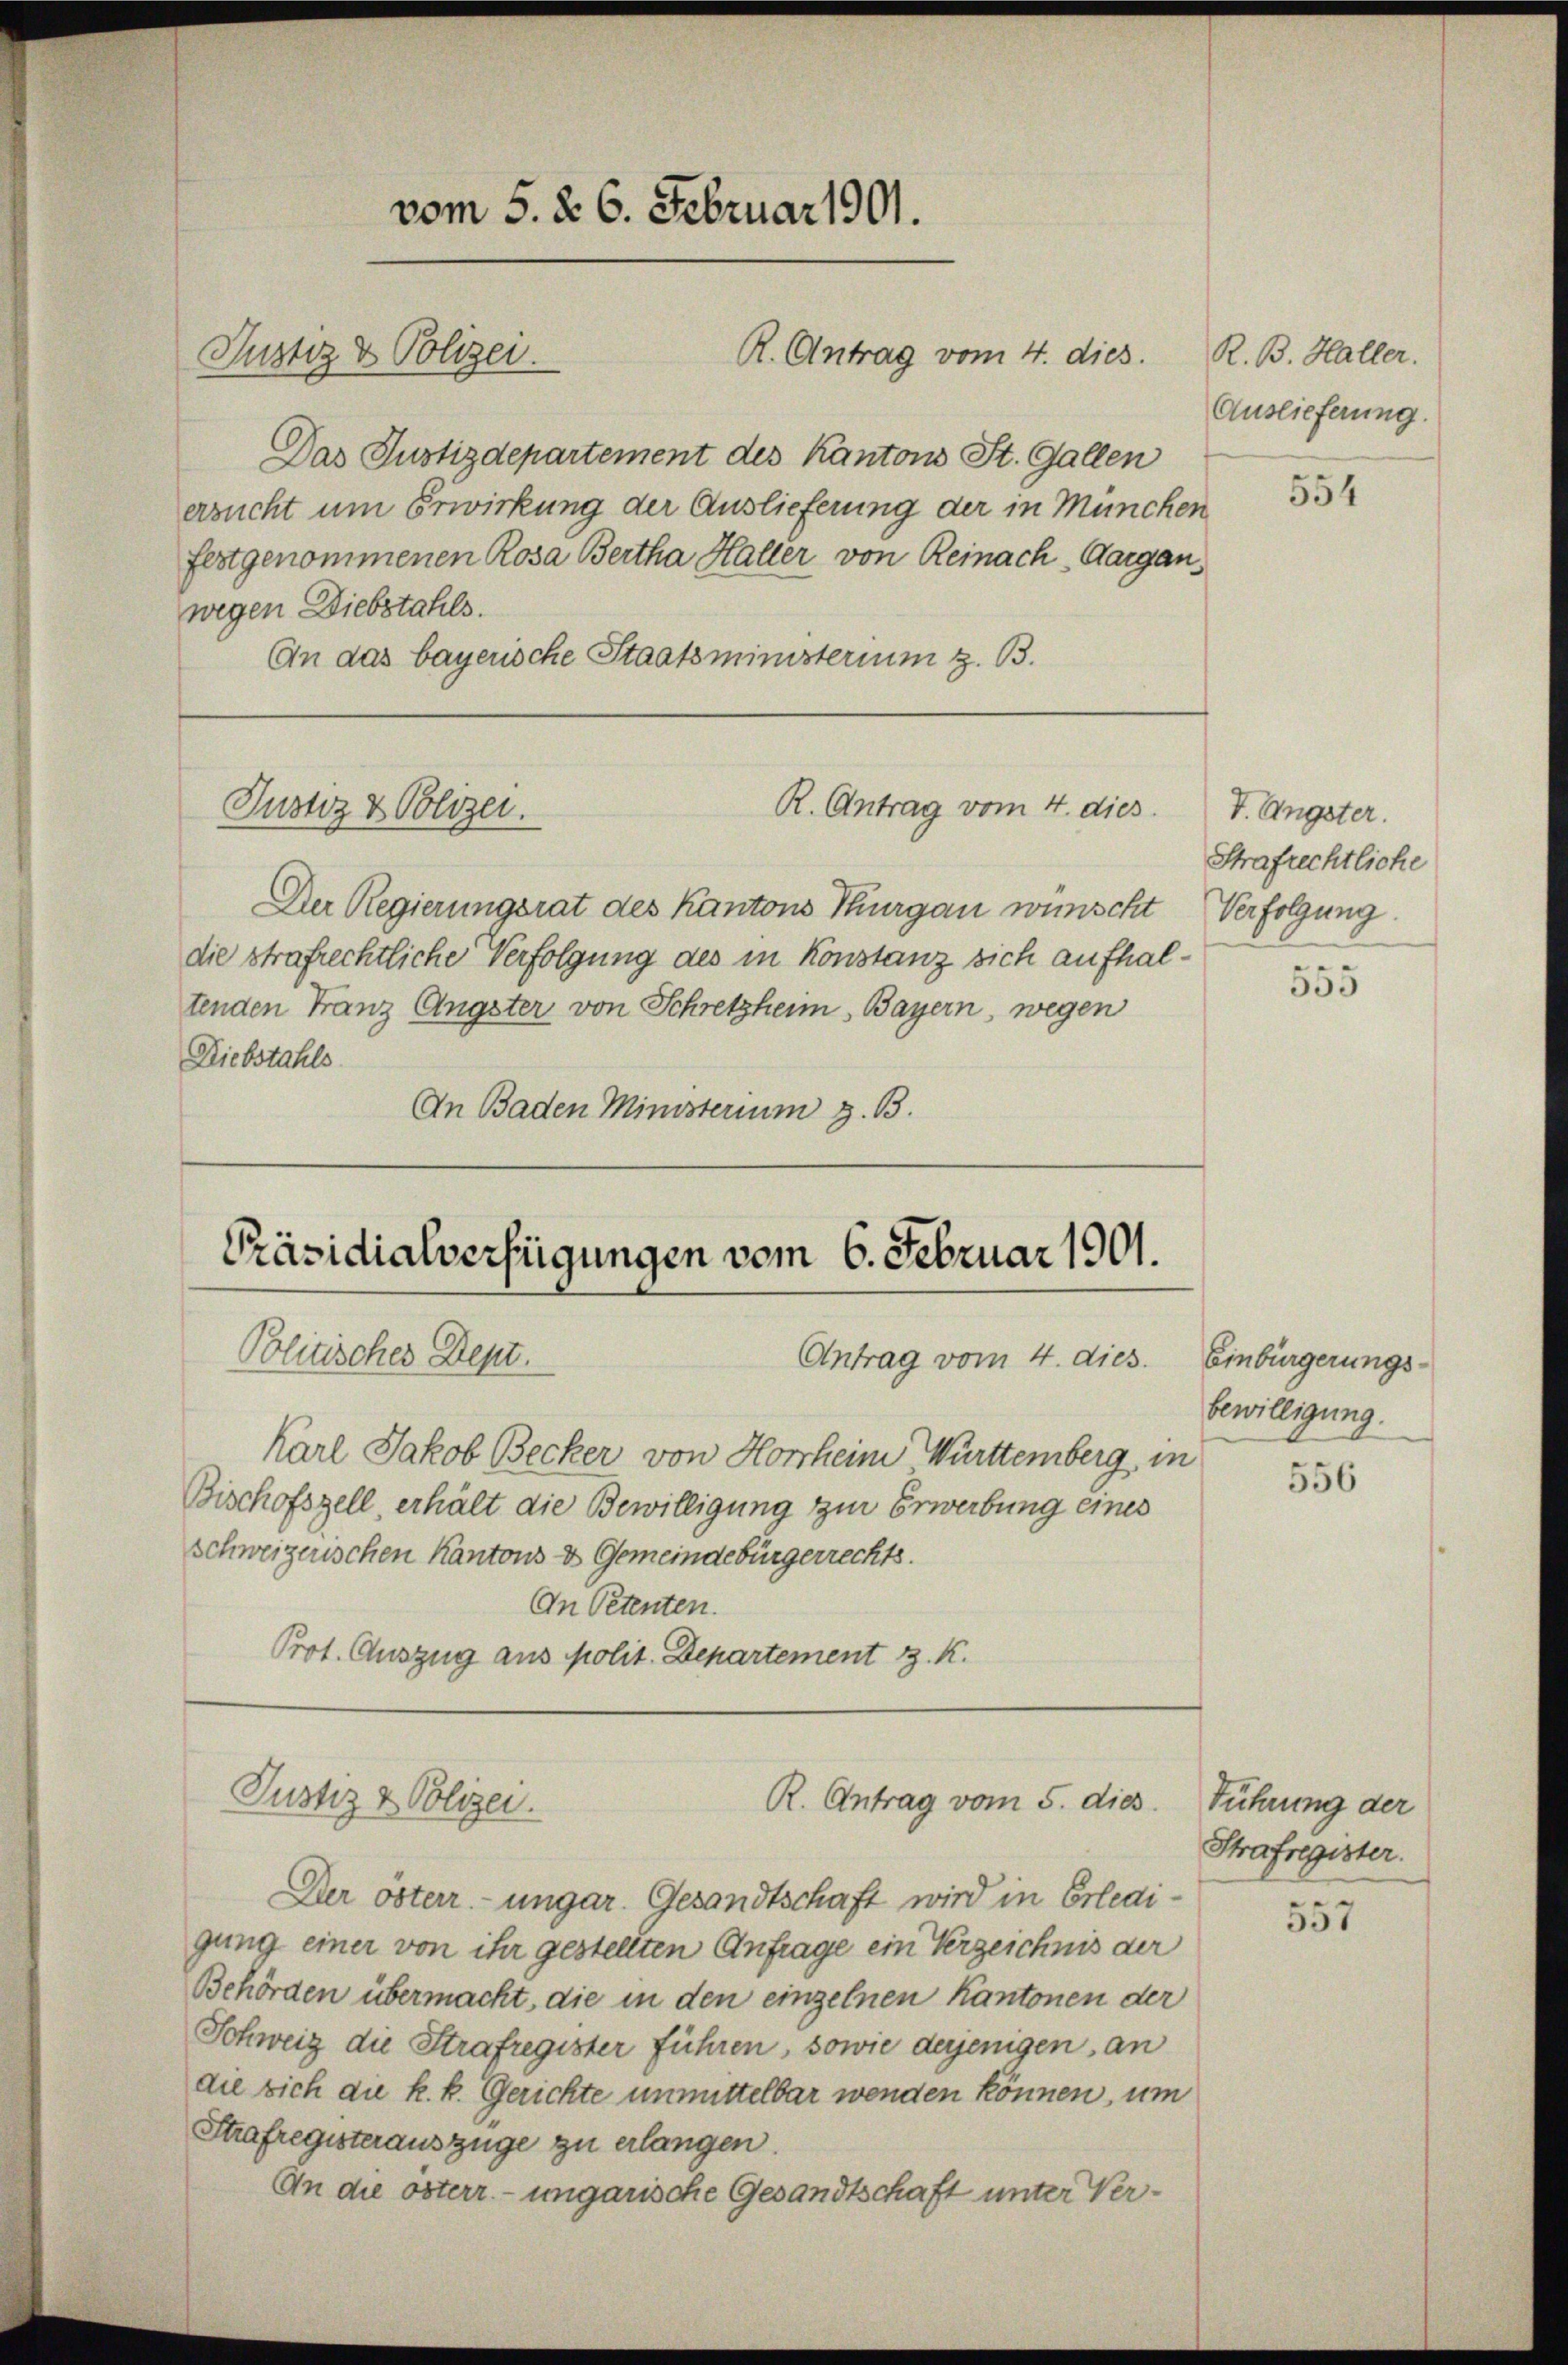
Justiz & Polizei.

Das Justizdepartement des Kantons St. Gallen
ersucht um Erwirkung der Auslieferung der in München
festgenommenen Rosa Bertha Haller von Reinach Aargau
wegen Diebstahls.
An das bayerische Staatsministerium z. B.

Justiz & Polizei.

vom 5. d. 6. Februar 1901.

R. Antrag vom 4. dies.

Der Regierungsrat des Kantons Thurgau wünscht
die strafrechtliche Verfolgung des in Konstanz sich aufhal
tenden Franz Angster von Schretzheim, Bayern, wegen
Diebstahls
An Baden Ministerium z. B.

R. Antrag vom 4. dies

Präsidialverfügungen vom 6. Februar 1901.
Politisches Dept.
Antrag vom 4. dies.

Karl Jakob Becker von Horsheim Württemberg, in
Bischofszell, erhält die Bewilligung zur Erwerbung eines
schweizerischen Kantons & Gemeindebürgerrechts.
An Petenten.
Prot. Auszug aus polit. Departement z. K.

Justiz & Polizei.
R. Antrag vom 5. dies

Der österr. ungar. Gesandtschaft wird in Erledigung einer von ihr gestellten Anfrage ein Verzeichnis der
Behörden übermacht, die in den einzelnen Kantonen der
Schweiz die Strafregister führen, sowie derjenigen, an
die sich die k. k. Gerichte unmittelbar wenden können, um
Strafregisterauszüge zu erlangen.
An die österr. ungarische Gesandtschaft unter Ver¬

R. B. Haller.
Auslieferung.

554

V. Ängster.
Strafrechtliche
Verfolgung.

555

Einbürgerungsbewilligung.

556

Führung der
Strafregister.

557